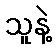
သူနဲ့